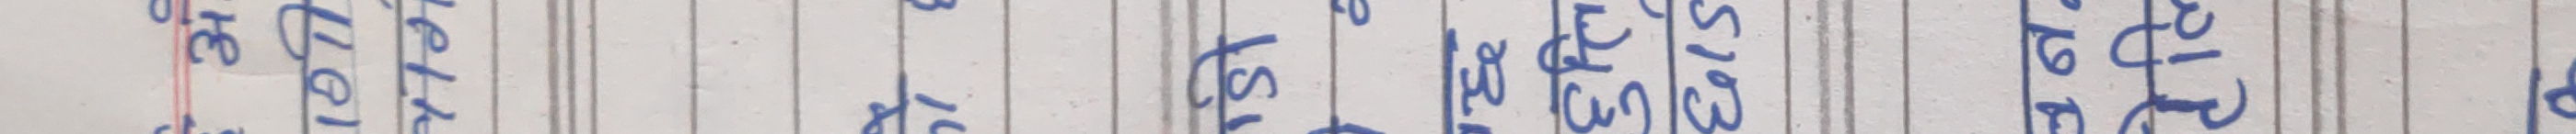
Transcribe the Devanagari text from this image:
नेपाली भाषा राजभाषा हो।